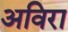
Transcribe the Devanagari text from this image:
अविरा